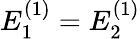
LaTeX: E_{1}^{(1)}=E_{2}^{(1)}